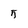
Character: 5